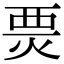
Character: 㶾